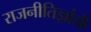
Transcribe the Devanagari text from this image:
राजनीतिज्ञांची